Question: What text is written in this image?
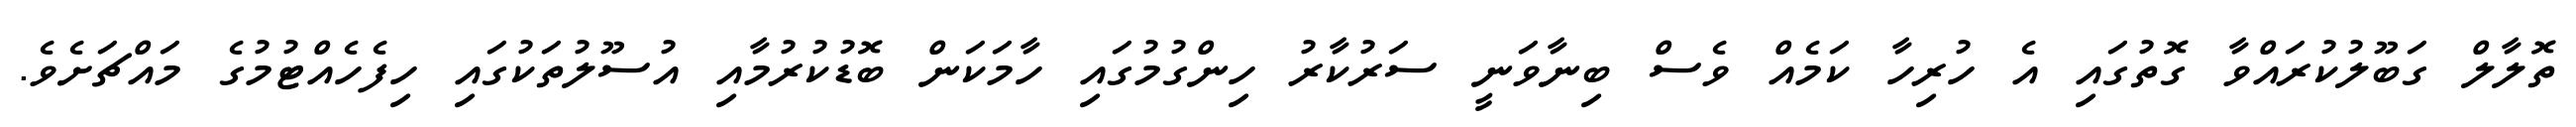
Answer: ތޮލާލް ގަބޫލުކުރައްވާ ގޮތުގައި އެ ހުރިހާ ކަމެއް ވެސް ބިނާވަނީ ސަރުކާރު ހިންގުމުގައި ހާމަކަން ބޮޑުކުރުމާއި އުސޫލުތަކުގައި ހިފެހެއްޓުމުގެ މައްޗަށެވެ.